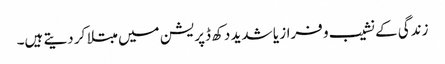
زندگی کے نشیب و فراز یا شدید دکھ ڈپریشن میں مبتلا کر دیتے ہیں۔